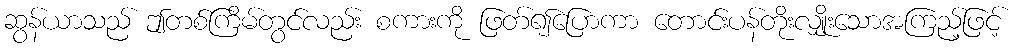
ဆွန်ယာသည် ဤတစ်ကြိမ်တွင်လည်း စကားကို ဖြတ်၍ပြောကာ တောင်းပန်တိုးလျှိုးသောအကြည့်ဖြင့်